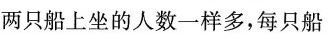
两只船上坐的人数一样多，每只船